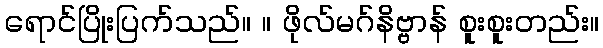
ရောင်ပြိုးပြက်သည်။ ။ ဖိုလ်မဂ်နိဗ္ဗာန် စူးစူးတည်း။